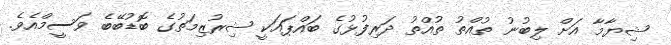
ޝިޔާމާ އަށް ލިބުނު ތުއްތު ތުއްތު ދަރިފުޅުގެ ބައްޕައަކީ ޝިރުޒިމަތުގެ ބޮޑުބޭބެ ވަސީމްއެވެ.